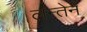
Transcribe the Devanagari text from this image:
लन्तेर्न